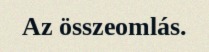
Az összeomlás.